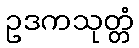
ဥဒကသုတ္တံ